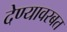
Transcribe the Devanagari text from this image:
देण्यावरबत